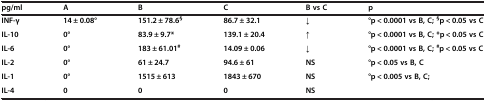
<table><thead><tr><td><b>pg/ml</b></td><td><b>A</b></td><td><b>B</b></td><td><b>C</b></td><td><b>B vs C</b></td><td><b>p</b></td></tr></thead><tbody><tr><td><b>INF-γ</b></td><td><b>14 ± 0.08°</b></td><td><b>151.2 ± 78.6</b><sup><b>§</b></sup></td><td><b>86.7 ± 32.1</b></td><td><b>↓</b></td><td><b>°p &lt; 0.0001 vs B, C; </b><sup><b>§</b></sup><b>p &lt; 0.05 vs C</b></td></tr><tr><td><b>IL-10</b></td><td><b>0°</b></td><td><b>83.9 ± 9.7*</b></td><td><b>139.1 ± 20.4</b></td><td><b>↑</b></td><td><b>°p &lt; 0.0001 vs B, C; *p &lt; 0.05 vs C</b></td></tr><tr><td><b>IL-6</b></td><td><b>0°</b></td><td><b>183 ± 61.01</b><sup><b>#</b></sup></td><td><b>14.09 ± 0.06</b></td><td><b>↓</b></td><td><b>°p &lt; 0.0001 vs B, C; </b><sup><b>#</b></sup><b>p &lt; 0.05 vs C</b></td></tr><tr><td><b>IL-2</b></td><td><b>0°</b></td><td><b>61 ± 24.7</b></td><td><b>94.6 ± 61</b></td><td><b>NS</b></td><td><b>°p &lt; 0.05 vs B, C</b></td></tr><tr><td><b>IL-1</b></td><td><b>0°</b></td><td><b>1515 ± 613</b></td><td><b>1843 ± 670</b></td><td><b>NS</b></td><td><b>°p &lt; 0.005 vs B, C;</b></td></tr><tr><td><b>IL-4</b></td><td><b>0</b></td><td><b>0</b></td><td><b>0</b></td><td><b>NS</b></td><td></td></tr></tbody></table>